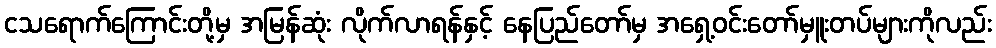
ငသရောက်ကြောင်းတို့မှ အမြန်ဆုံး လိုက်လာရန်နှင့် နေပြည်တော်မှ အရှေ့ဝင်းတော်မှူးတပ်များကိုလည်း